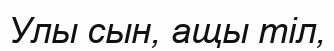
Улы сын, ащы тіл,